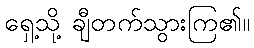
ရှေ့သို့ ချီတက်သွားကြ၏။